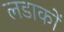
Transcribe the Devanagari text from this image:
लडाकों